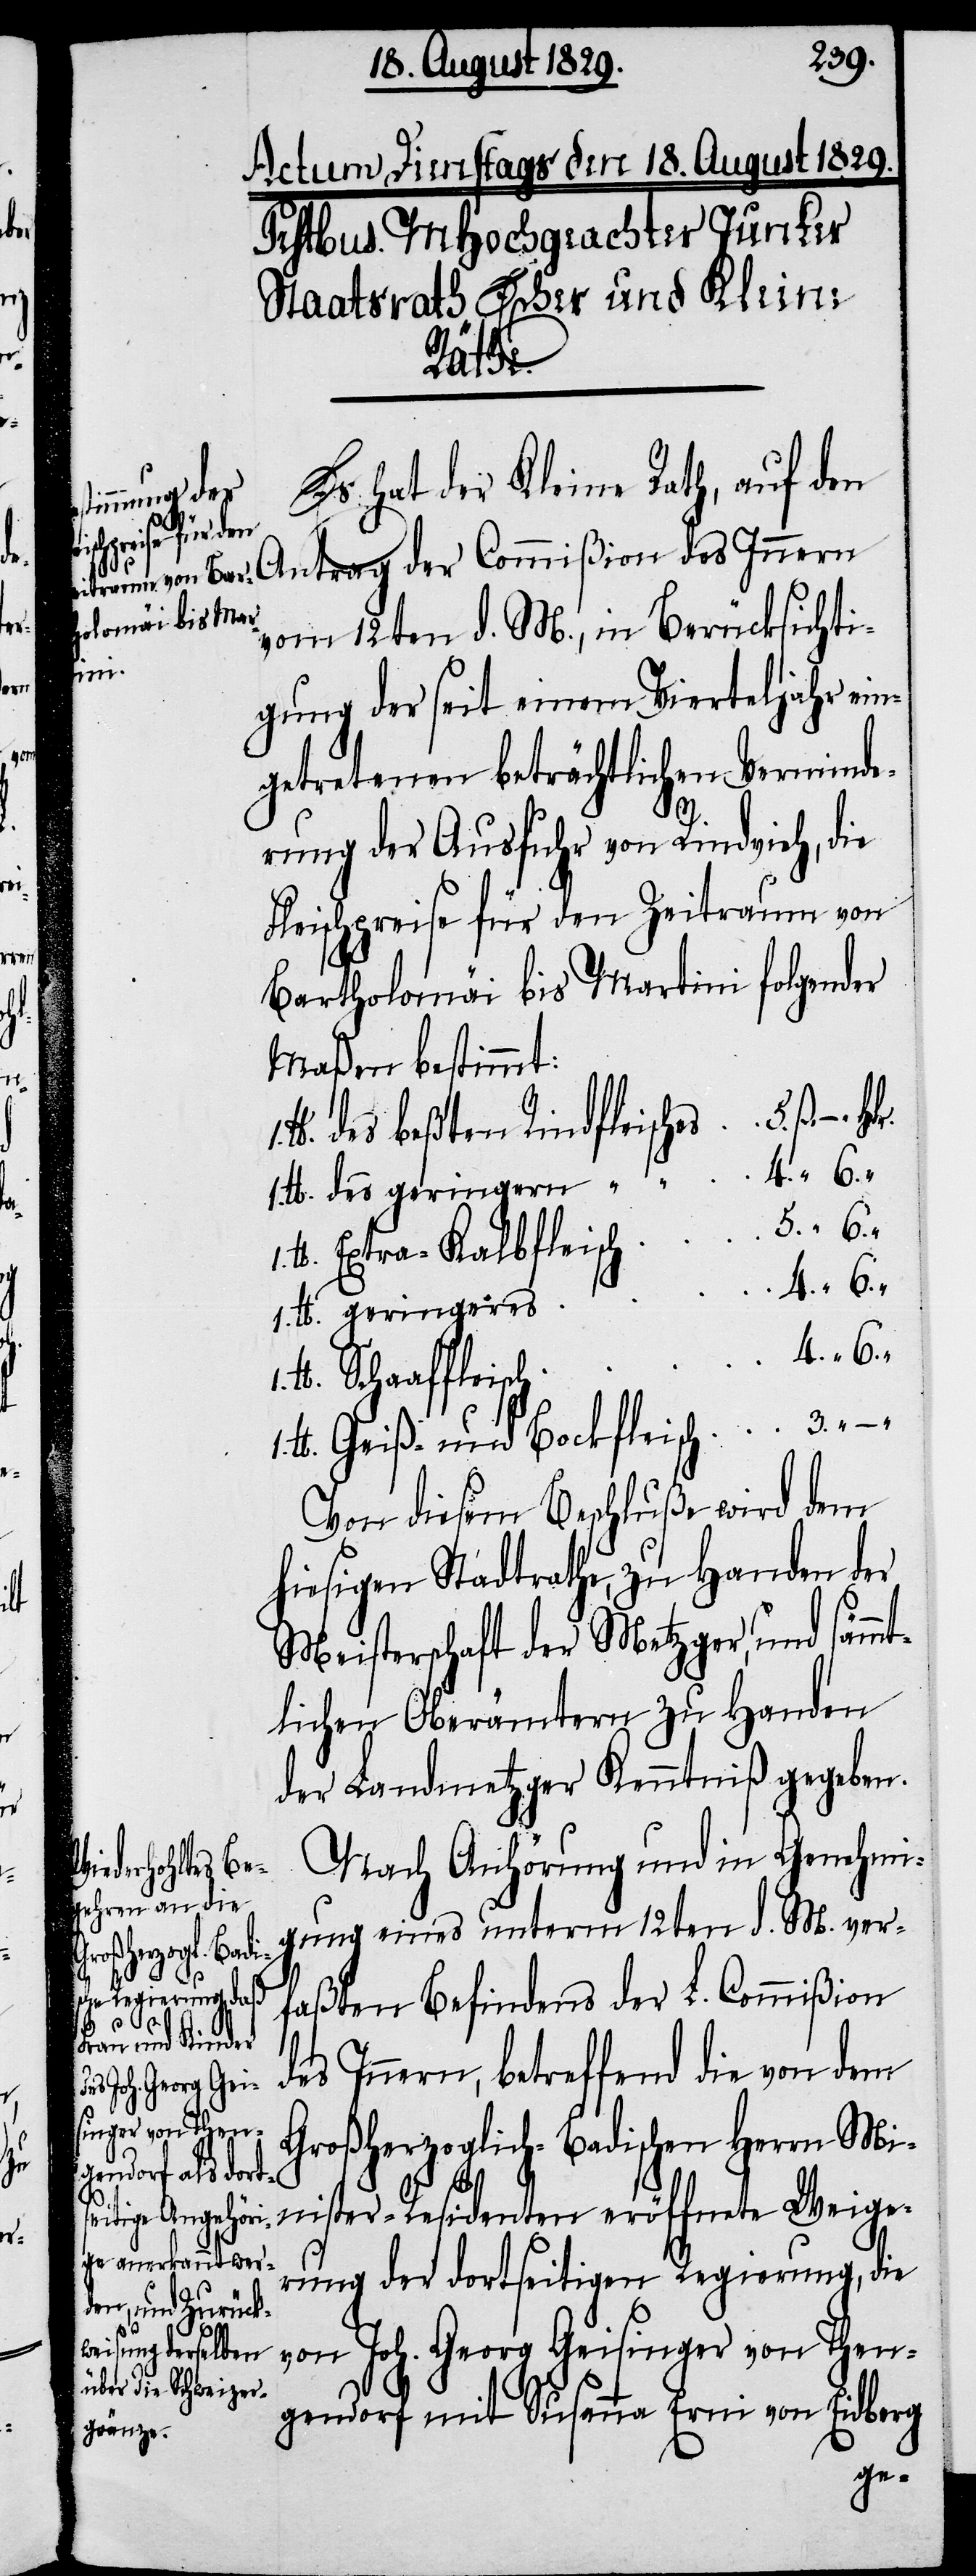
h	5.

“
1.

Es hat der Kleine Rath, auf d¬
en Antrag der Commißion des Innern
vom 12ten d. M., in Berücksichti¬
gung der seit einem Vierteljahr ein¬
getretenen beträchtlichen Verminde¬
rung der Ausfuhr von Rindvieh, die
Fleischpreise für den Zeitraum von
Bartholomäi bis Martini folgender
Maßen bestimmt:
Pfd. des beßten Rindfleisches 	5. ß.
Pfd. des geringern
1.
Pfd. Extra-Kalbfleisc¬
Pfd. geringeres
Pfd. Geiß- und Bockfleisch	3. “ –.
Von diesem Beschluße wird dem
hiesigen Stadtrathe, zu Handen der
Meisterschaft der Metzger, und sämmt¬
lichen Oberämtern zu Handen
der Landmetzger Kenntniß gegeben.
Nach Anhörung und in Genehmi¬
gung eines unterm 12ten d. M. ver¬
faßten Befindens der L. Commißion
des Innern, betreffend die von dem
Großherzoglich-Badischen Herrn Mi¬
nister-Residenten eröffnete Weige¬
rung der dortseitigen Regierung, die
von Joh. Georg Geisinger von Then¬
gendorf mit Susann Erni von Eidberg